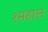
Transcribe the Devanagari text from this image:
१महाल